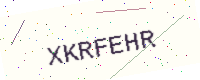
Text: XKRFEHR